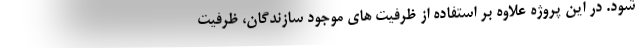
شود. در این پروژه علاوه بر استفاده از ظرفیت های موجود سازندگان، ظرفیت